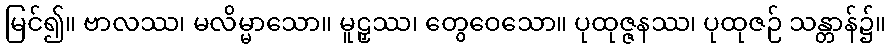
မြင်၍။ ဗာလဿ၊ မလိမ္မာသော။ မူဠှဿ၊ တွေဝေသော။ ပုထုဇ္ဇနဿ၊ ပုထုဇဉ် သန္တာန်၌။